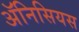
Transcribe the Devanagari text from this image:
ॲनिसियस